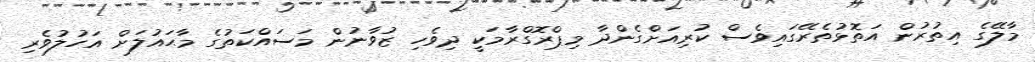
މާލޭގެ އިތުރުން އަތޮޅުތެރޭގައިވެސް ކުރިއަށްގެންދާ މިޕްރޮގްރާމަކީ ދިވެހި ޒުވާނުން މަސައްކަތުގެ މާޙައުލަށް އަހުލުވެރި